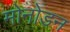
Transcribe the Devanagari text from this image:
मोनोडन